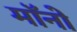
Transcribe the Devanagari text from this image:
मॉनो